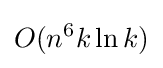
O(n^{6}k\ln {k})